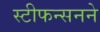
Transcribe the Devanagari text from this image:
स्टीफन्सनने